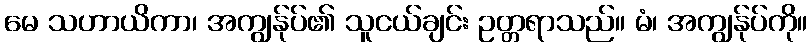
မေ သဟာယိကာ၊ အကျွန်ုပ်၏ သူငယ်ချင်း ဥတ္တရာသည်။ မံ၊ အကျွန်ုပ်ကို။